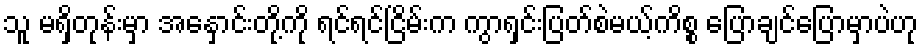
သူ မရှိတုန်းမှာ အနှောင်းတို့ကို ရင်ရင်ငြိမ်းက ကွာရှင်းပြတ်စဲမယ့်ကိစ္စ ပြောချင်ပြောမှာပဲဟု